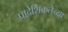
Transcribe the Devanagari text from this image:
प्रादेशिकतेच्या